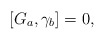
\begin{align*}\left[ G_a,\gamma _b\right] =0,\end{align*}